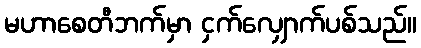
မဟာစေတီဘက်မှာ ငှက်လျှောက်ပစ်သည်။